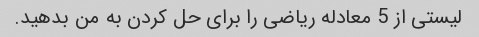
لیستی از 5 معادله ریاضی را برای حل کردن به من بدهید.